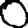
Digit: 0